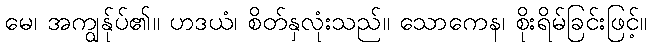
မေ၊ အကျွန်ုပ်၏။ ဟဒယံ၊ စိတ်နှလုံးသည်။ သောကေန၊ စိုးရိမ်ခြင်းဖြင့်။